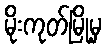
မိုးကုတ်မြို့မှ